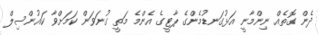
ދެން ގޮތެއް ނިންމާނީ އަޅުގަނޑުމެންގެ ޕާޓީގެ އެންމެ މަތީ ގުނަވަން ކަމަށްވާ ކައުންސިލް